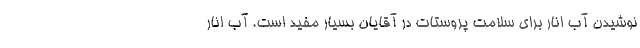
نوشیدن آب انار برای سلامت پروستات در آقایان بسیار مفید است. آب انار